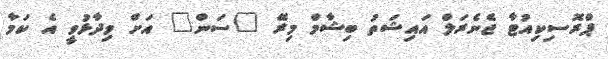
ޕްރޮސިކިއުޓާ ޖެނެރަލް އައިޝަތު ބިޝާމް މިރޭ "ސަން" އަށް ވިދާޅުވީ އެ ކަމާ